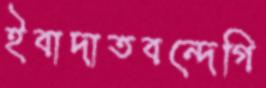
ইবাদাতবন্দেগি